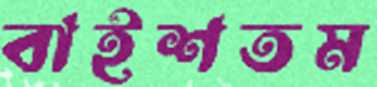
বাইশতম